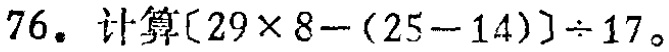
$76. 计算[29\times 8-(25 - 14)]\div 17。$